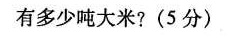
有多少吨大米?(5分)